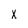
Character: X